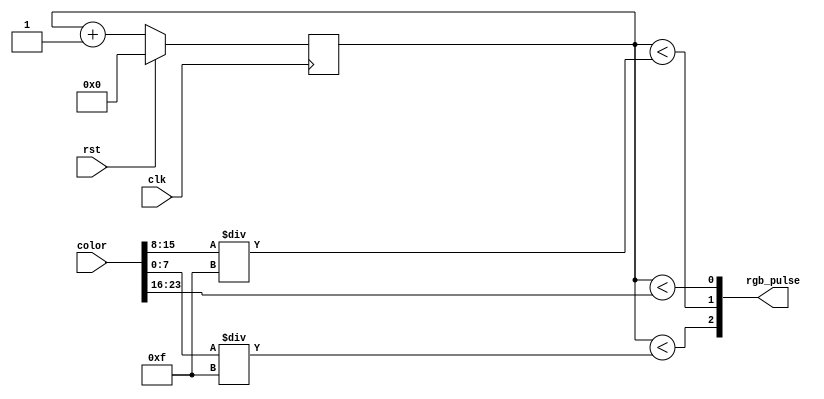
/*
   This file was generated automatically by the Mojo IDE version B1.3.6.
   Do not edit this file directly. Instead edit the original Lucid source.
   This is a temporary file and any changes made to it will be destroyed.
*/

/*
   Parameters:
     WIDTH = 8
*/
module pwm_led2_41 (
    input clk,
    input rst,
    input [23:0] color,
    output reg [2:0] rgb_pulse
  );
  
  localparam WIDTH = 4'h8;
  
  
  localparam MUL = 4'hf;
  
  reg [23:0] colors;
  
  reg [7:0] M_ctr_d, M_ctr_q = 1'h0;
  
  always @* begin
    M_ctr_d = M_ctr_q;
    
    colors[16+7-:8] = color[16+7-:8];
    colors[8+7-:8] = color[8+7-:8] / 4'hf;
    colors[0+7-:8] = color[0+7-:8] / 4'hf;
    rgb_pulse[0+0-:1] = M_ctr_q < colors[16+7-:8];
    rgb_pulse[1+0-:1] = M_ctr_q < colors[8+7-:8];
    rgb_pulse[2+0-:1] = M_ctr_q < colors[0+7-:8];
    M_ctr_d = M_ctr_q + 1'h1;
  end
  
  always @(posedge clk) begin
    if (rst == 1'b1) begin
      M_ctr_q <= 1'h0;
    end else begin
      M_ctr_q <= M_ctr_d;
    end
  end
  
endmodule